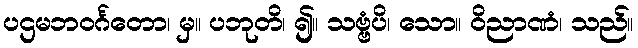
ပဌမဘဝင်္ဂတော၊ မှ။ ပဘုတိ၊ ၍။ သဗ္ဗံပိ၊ သော။ ဝိညာဏံ၊ သည်။